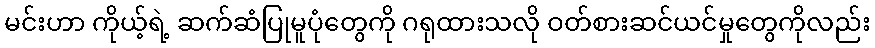
မင်းဟာ ကိုယ့်ရဲ့ ဆက်ဆံပြုမူပုံတွေကို ဂရုထားသလို ဝတ်စားဆင်ယင်မှုတွေကိုလည်း